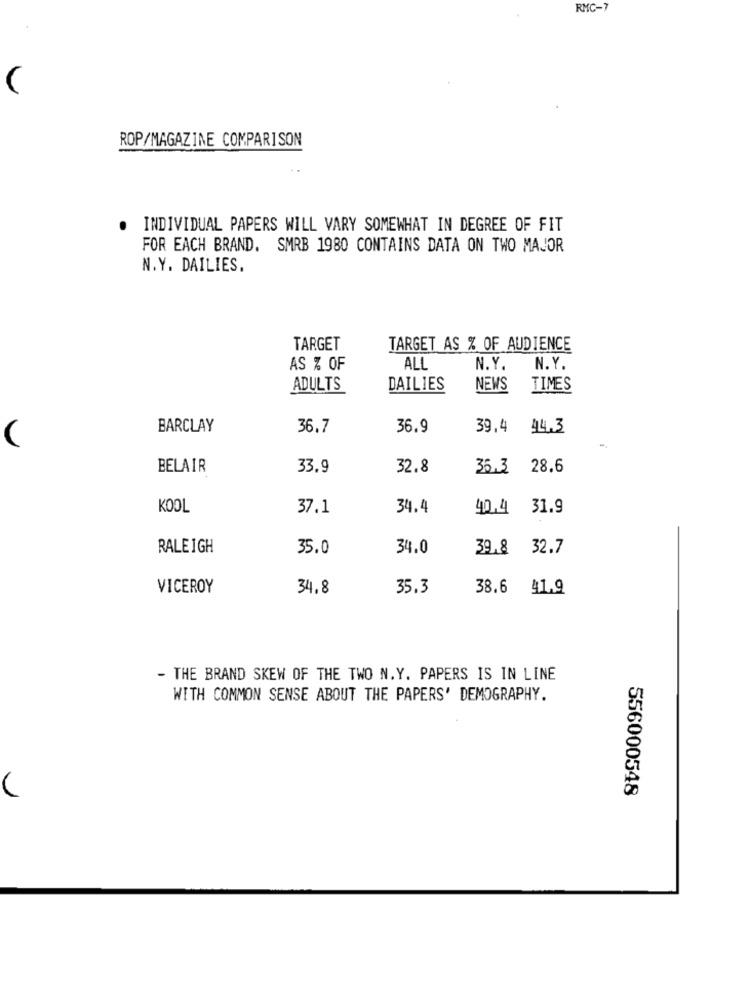
RMC-7
ROP/MAGAZINE COMPARISON
INDIVIDUAL PAPERS WILL VARY SOMEWHAT IN DEGREE OF FIT
FOR EACH BRAND. SMRB 1980 CONTAINS DATA ON TWO MAJOR
N.Y. DAILIES.
TARGET
TARGET AS % OF AUDIENCE
AS % OF
ALL
N.Y.
N.Y.
ADULTS
DAILIES
NEWS
TIMES
BARCLAY
36.7
36.9
39.4
44,3
(
BELAIR
33.9
32.8
35.3 28.6
KOOL
37.1
34.4
40.4 31.9
RALEIGH
35.0
34.0
39.8 32.7
VICEROY
34.8
35.3
38.6 41.9
- THE BRAND SKEW OF THE TWO N.Y. PAPERS IS IN LINE
WITH COMMON SENSE ABOUT THE PAPERS' DEMOGRAPHY.
556000548